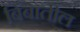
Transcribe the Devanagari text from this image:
बिंबातील